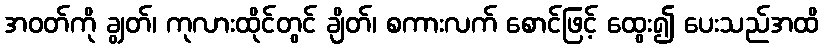
အဝတ်ကို ချွတ်၊ ကုလားထိုင်တွင် ချိတ်၊ စကားလက် စောင်ဖြင့် ထွေး၍ ပေးသည်အထိ